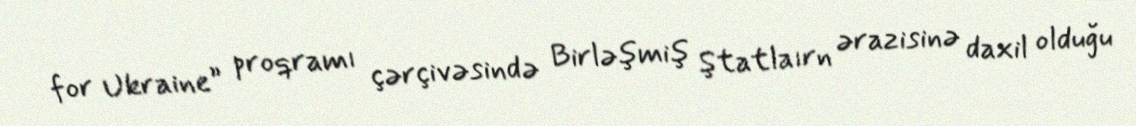
for Ukraine” proqramı çərçivəsində Birləşmiş Ştatlaırn ərazisinə daxil olduğu